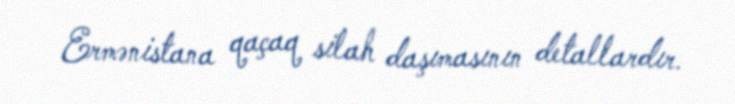
Ermənistana qaçaq silah daşımasının detallardır.